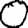
Digit: 0